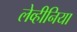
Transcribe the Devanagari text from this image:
लेव्हीनिया